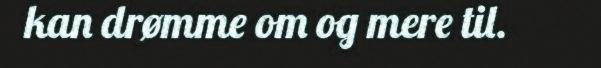
kan drømme om og mere til.